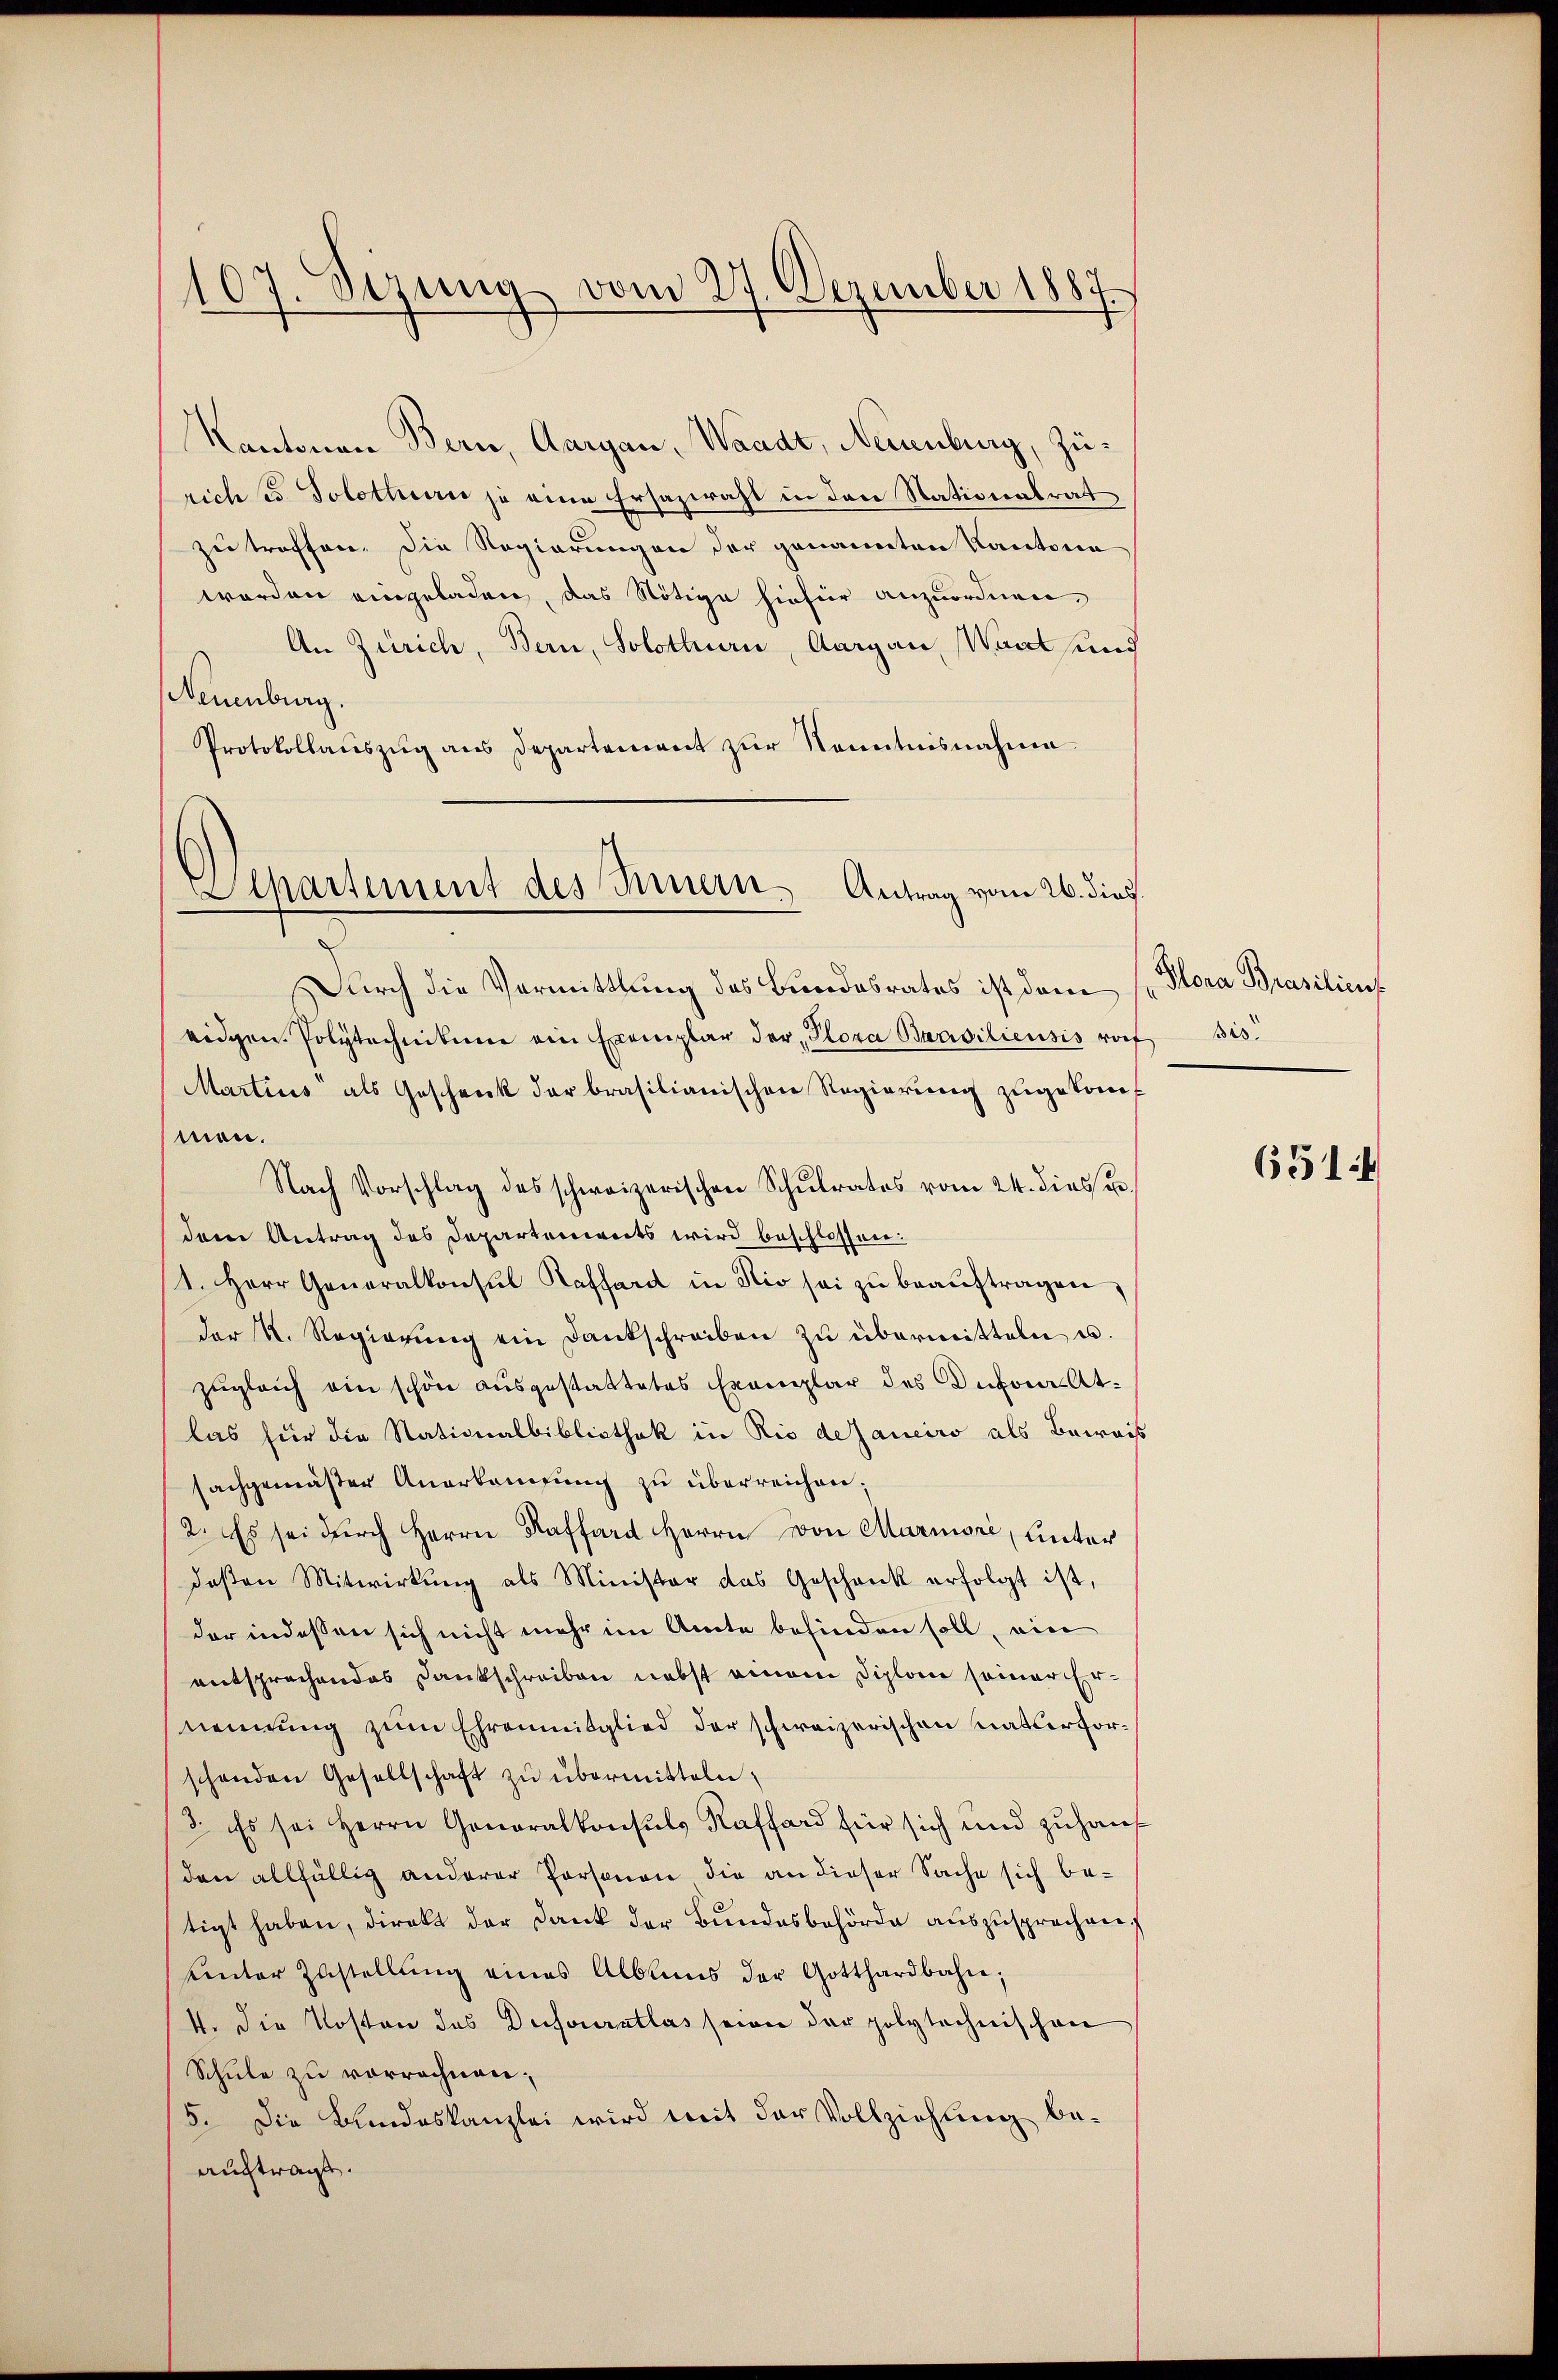
107. Sezung vom 27. Dezember 1885

Kantonen Bern, Aargau, Waadt, Neuenburg, Zürich es Solothurn je eine Ersazwraht in den Stationalrat
zu treffen. Die Regierungen der genannten Kantona
worden eingeladen, das Nötige hiefür anzuordnen,
An Zürich, Bern, Solothurn, Aargau, Waadt und
Neuenburg.
Protokollauszug aus Departement zur Kenntnisnahme
Durch die Vermittlung des Bundesrates ist dem
eidgen. Polytechnikum ein Exemplar der Plora Brasiliensis vorf
Martius als Geschenk der brasilianischen Regierŭng zugekom
mon.
Nach Vorschlag des schweizerischen Schŭlrates vom 24. dieser
dem Antrag des Departements wird beschlossen:
1. Herr Generalkonsul Raffard in Rio sei zŭ beaŭftragen,
der K. Regierŭng ein Dankschreiben zŭ übermitteln u.
zugleich ein schön ausgestattetes Exemplar des Dekoratlas für die Nationalbibliothek in Rio dejaneiro als Beweis
sachgemäßer Anerkangung zu überreichen;
2. Es sei dŭrch Herrn Raffard Herrn von Marmori, Unter
deßen Mitwirkung als Minister das Geschank erfolgt ist,
der indessen sich nicht mehr im Amte befinden soll, ein
entsprechendes Dankschreiben nebst einem Diplon seiner Ernennung zum Ehrenmitglied der schweizerischen matterforschenden Gesellschaft zu übermitteln,
3. Es sei Herrn Generalkonsuls Raffard für sich und zuhaus
den allfällig anderer Personen die an dieser Sache sich betigt haben, direkt der Dank der Bundesbehörde auszusprechen.
ŭnter Zustellŭng eines Alblins der Gotthardbahn,
4. Die Kosten das Dufouratlos seien der polytechnischen
Schule zu vorrechnen;
/5. Die Bundeskanzlei wird mit der Vollziehung be-
auftragt.

Alkartement des Innern, Antrag vom 26. dies.

Mora Prasilient
Bis

651